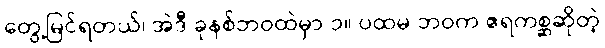
တွေ့မြင်ရတယ်၊ အဲဒီ ခုနစ်ဘဝထဲမှာ ၁။ ပထမ ဘဝက ဧရကစ္ဆဆိုတဲ့